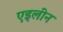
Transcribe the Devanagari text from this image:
एइलीन